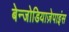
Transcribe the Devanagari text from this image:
बेन्जोडियाज़ेपाइंस